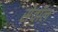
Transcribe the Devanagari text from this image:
सेवॉल